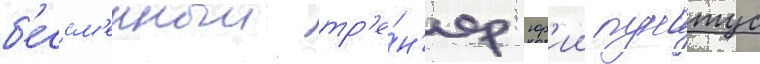
б'ессм'енныи тр'е́н'ер юр'ии пунтус